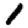
Digit: 1